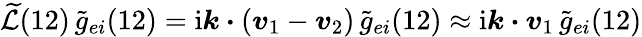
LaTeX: \widetilde{\mathcal{L}}(12)\, \widetilde{g}_{ei}(12)=\mathrm{i}\boldsymbol{k}\boldsymbol{\cdot}(\boldsymbol{v}_{1}-\boldsymbol{v}_{2})\, \widetilde{g}_{ei}(12)\approx\mathrm{i}\boldsymbol{k\cdot v}_{1}\, \widetilde{g}_{ei}(12)